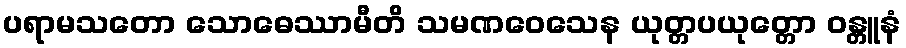
ပရာမသတော သောဓေဿာမီတိ သမဏဝေသေန ယုတ္တပယုတ္တော ဝန္တူနံ